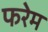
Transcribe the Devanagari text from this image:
फरेम